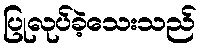
ပြုလုပ်ခဲ့သေးသည်